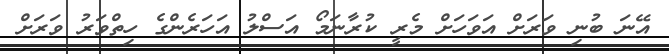
އޭނަ ބުނި ވަރަށް އަވަހަށް މެރީ ކުރާނަމޯ އަސްލު އަހަރެންގެ ހިތްވަރު ވަރަށް